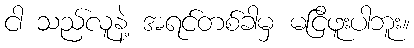
ငါ သည်လူနဲ့ အရင်တစ်ခါမှ မငြိဖူးပါဘူး။